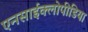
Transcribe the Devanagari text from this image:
एनसाईक्लोपीडिया